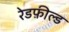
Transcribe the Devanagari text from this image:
रेडफ़ील्ड